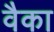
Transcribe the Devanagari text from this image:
वैका